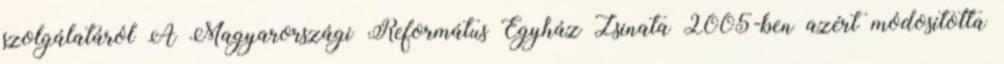
szolgálatáról A Magyarországi Református Egyház Zsinata 2005-ben azért módosította